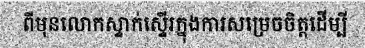
ពីមុនលោកស្ទាក់ស្ទើរក្នុងការសម្រេចចិត្តដើម្បី